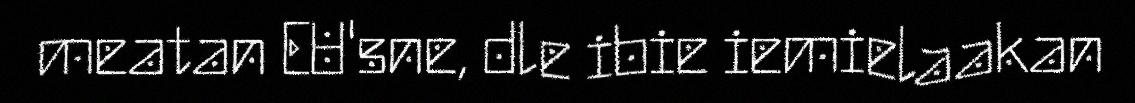
meatan EU'sne, dle ibie iemielaakan